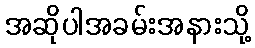
အဆိုပါအခမ်းအနားသို့